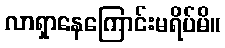
လာရှာနေကြောင်းမရိပ်မိ။